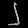
Digit: ၂